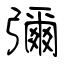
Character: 彌